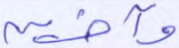
وآخرين